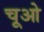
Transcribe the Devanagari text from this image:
चूओ